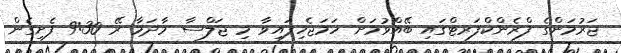
ޖަރުމަންގެ ފްރެންކްފަރޓްގައި ބޭއްވުމަށް ހަމަޖެހިފައިވާ މި ޖަލްސާ މާދަމާ ރޭ 9:30 ފެށިގެން